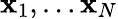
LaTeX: \mathbf{x}_{1},\ldots\mathbf{x}_{N}